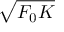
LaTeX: \sqrt { F _ { 0 } K }